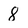
Character: 8